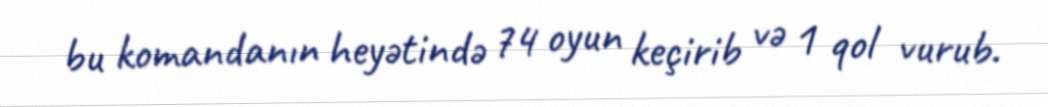
bu komandanın heyətində 74 oyun keçirib və 1 qol vurub.